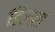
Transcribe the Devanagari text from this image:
डिज़ल